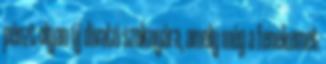
pénzt olyan új divatú szoknyára, amely még a fenekemet